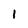
Character: 1